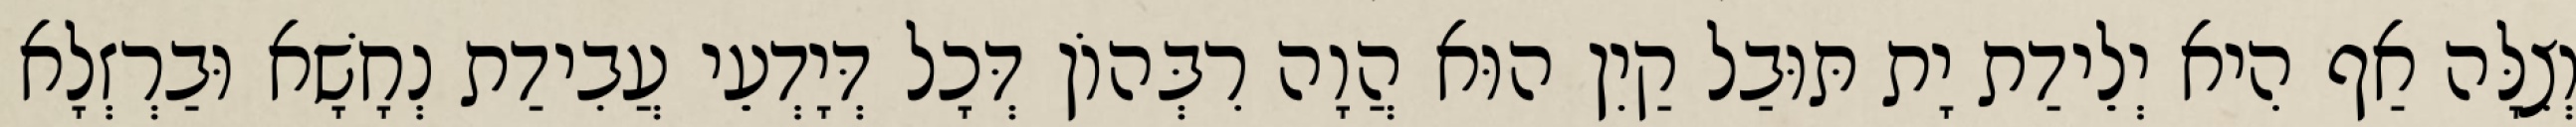
וְצִלָּה אַף הִיא יְלֵידַת יָת תּוּבַל קַיִן הוּא הֲוָה רִבְּהוֹן דְּכָל דְּיָדְעֵי עֲבִידַת נְחָשָׁא וּבַרְזְלָא